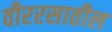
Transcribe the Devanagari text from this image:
वीररसातील